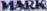
MARK